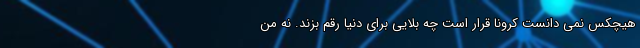
هیچکس نمی دانست کرونا قرار است چه بلایی برای دنیا رقم بزند. نه من